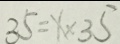
3 5 = x \times 3 5